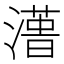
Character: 𱩑